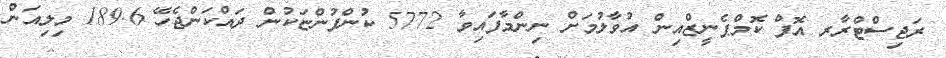
ރަޖިސްޓްރާރ އޮފް ކޮމްޕެނީޒްއިން އުވާލުމަށް ނިންމާފައިވާ 5772 ކުންފުންޏަކުން ދައްކަންޖެހޭ 189.6 މިލިއަން